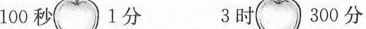
100秒 1分 3时 300分